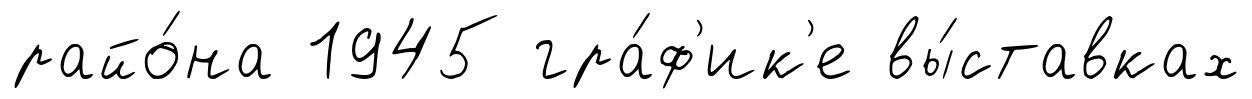
райо́на 1945 гра́ф'ик'е вы́ставках